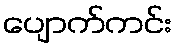
ပျောက်ကင်း